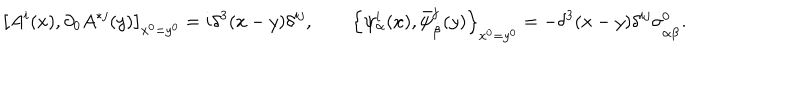
\left[ A ^ { i } ( x ) , \partial _ { 0 } A ^ { * j } ( y ) \right] _ { x ^ { 0 } = y ^ { 0 } } = i \delta ^ { 3 } ( x - y ) \delta ^ { i j } , \qquad \left\{ \psi _ { \alpha } ^ { i } ( x ) , \bar { \psi } _ { \dot { \beta } } ^ { j } ( y ) \right\} _ { x ^ { 0 } = y ^ { 0 } } = - \delta ^ { 3 } ( x - y ) \delta ^ { i j } \sigma _ { \alpha \dot { \beta } } ^ { 0 } .